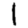
Digit: 1